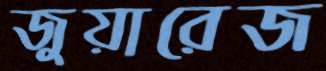
জুয়ারেজ